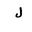
Letter: _lam